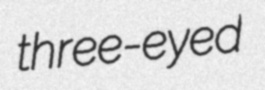
three-eyed